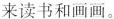
来读书和画画.